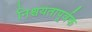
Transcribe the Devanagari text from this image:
निश्चयतापूर्वक